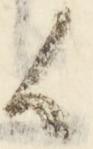
候